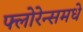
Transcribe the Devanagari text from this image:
फ्लोरेन्समधे